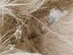
نستسلم